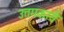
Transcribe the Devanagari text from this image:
उत्तमकार्य